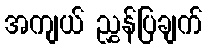
အကျယ် ညွှန်ပြချက်